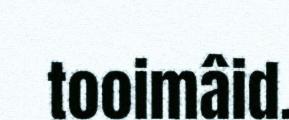
tooimâid.